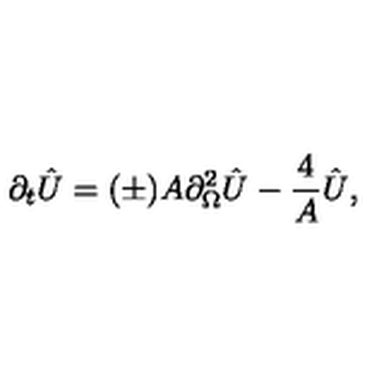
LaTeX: \partial _ { t } \hat { U } = ( \pm ) A \partial _ { \Omega } ^ { 2 } \hat { U } - { \frac { 4 } { A } } \hat { U } ,